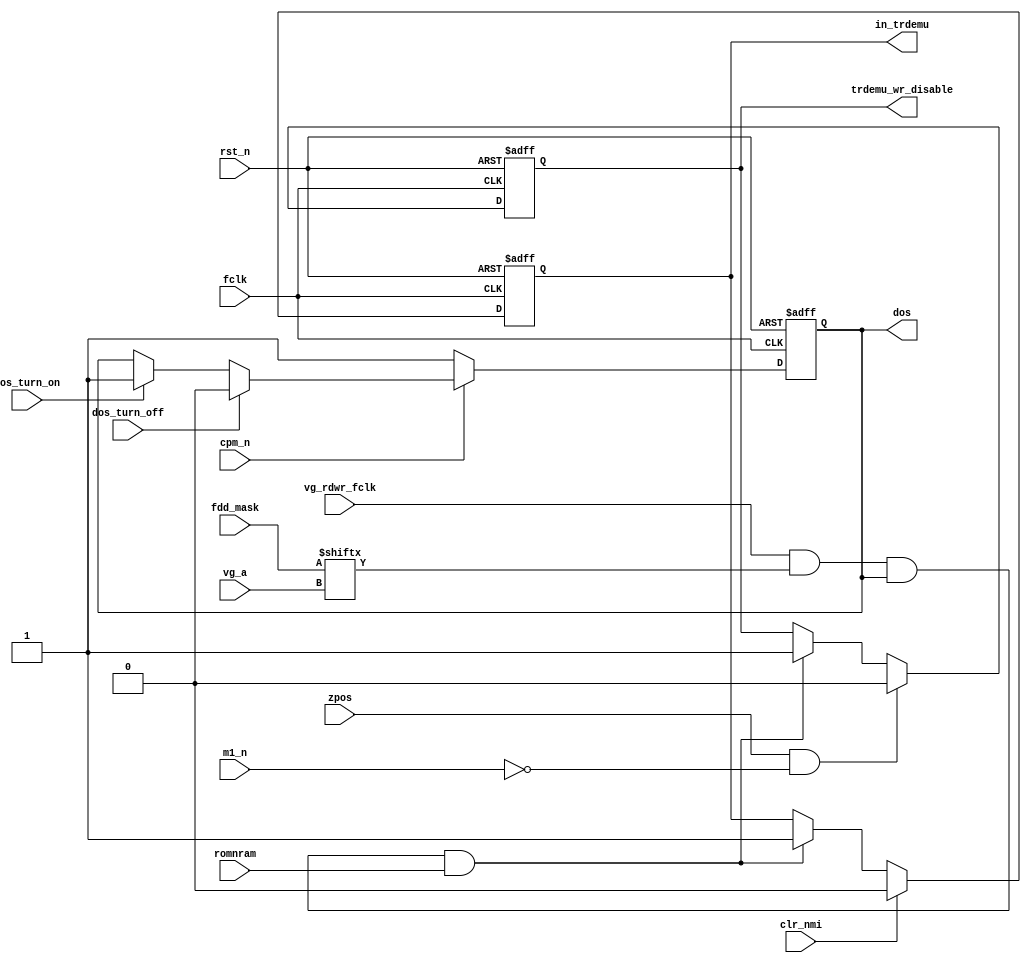
module zdos(

	input  wire        fclk,
	input  wire        rst_n,


	input  wire        dos_turn_on,
	input  wire        dos_turn_off,

	input  wire        cpm_n,


	output reg         dos,


	// for clearing trdemu_wr_disable
	input  wire        zpos,
	input  wire        m1_n,


	// control of page #FE for emulation
	output reg         in_trdemu,

	input  wire        clr_nmi, // out (#BE),a
	input  wire        vg_rdwr_fclk,
	input  wire [ 3:0] fdd_mask,
	input  wire [ 1:0] vg_a,
	input  wire        romnram,

	output reg         trdemu_wr_disable
);

	wire trdemu_on = vg_rdwr_fclk && fdd_mask[vg_a] && dos && romnram;


	// control of 'DOS' signal
	always @(posedge fclk, negedge rst_n)
	if( !rst_n )
	begin
		dos = 1'b1;
	end
	else // posedge fclk
	begin
		if( !cpm_n )
			dos <= 1'b1;
		else if( dos_turn_off )
			dos <= 1'b0;
		else if( dos_turn_on )
			dos <= 1'b1;
	end


	// vg emulator RAM turn on/off
	always @(posedge fclk, negedge rst_n)
	if( !rst_n )
		in_trdemu <= 1'b0;
	else if( clr_nmi )
		in_trdemu <= 1'b0;
	else if( trdemu_on )
		in_trdemu <= 1'b1;


	// wr disable for trdemu RAM page
	always @(posedge fclk, negedge rst_n)
	if( !rst_n )
		trdemu_wr_disable <= 1'b0;
	else if( zpos && !m1_n )
		trdemu_wr_disable <= 1'b0;
	else if( trdemu_on )
		trdemu_wr_disable <= 1'b1;


endmodule